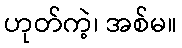
ဟုတ်ကဲ့၊ အစ်မ။